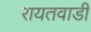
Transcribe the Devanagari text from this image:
रायतवाडी